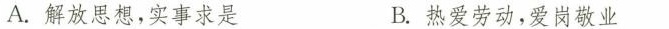
A.解放思想，实事求是 B.热爱劳动，爱岗敬业